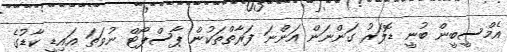
އެމްސީބީން ބުނީ ޑޮލަރު ގަންނަން އަންނަ ފަރާތްތަކުން ޕާސްޕޯޓް ނުވަތަ އައިޑީ ކާޑުގެ